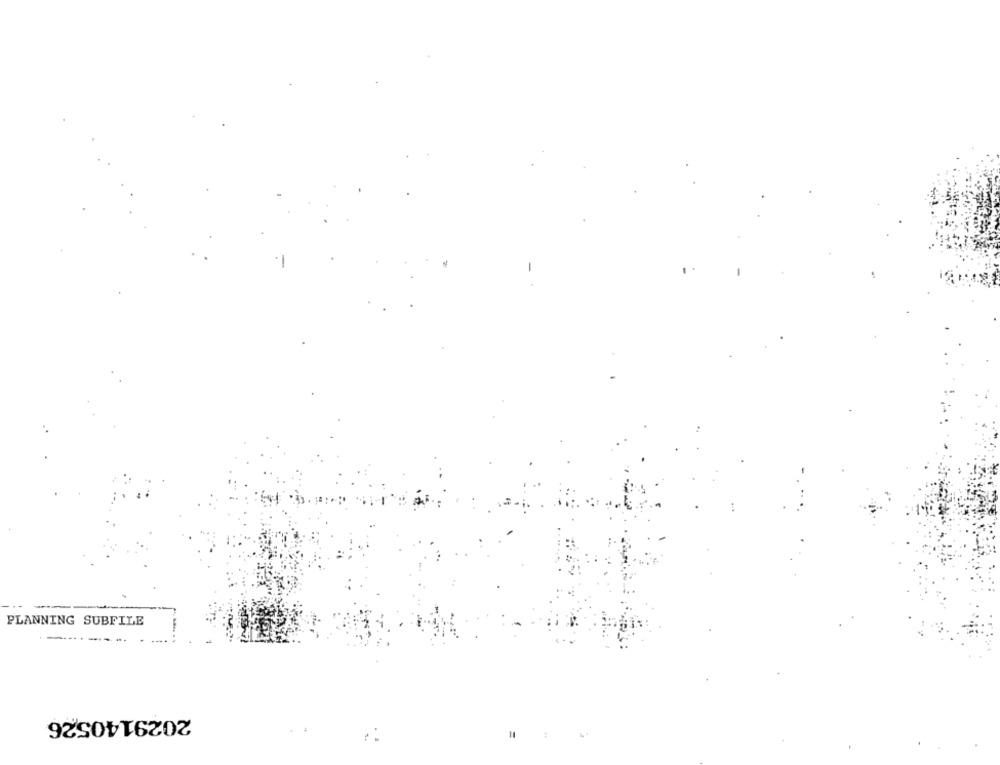
PLANNING SUBFILE
2029140526